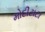
મોદીટાટા